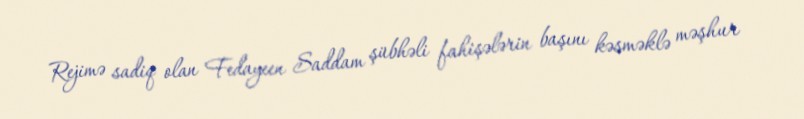
Rejimə sadiq olan Fedayeen Saddam şübhəli fahişələrin başını kəsməklə məşhur